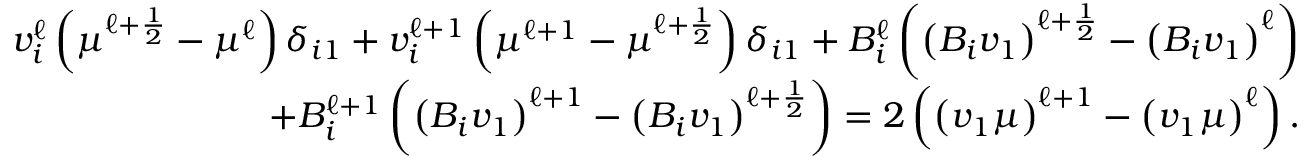
\begin{array} { r } { v _ { i } ^ { \ell } \left( \mu ^ { \ell + \frac { 1 } { 2 } } - \mu ^ { \ell } \right) \delta _ { i 1 } + v _ { i } ^ { \ell + 1 } \left( \mu ^ { \ell + 1 } - \mu ^ { \ell + \frac { 1 } { 2 } } \right) \delta _ { i 1 } + B _ { i } ^ { \ell } \left( \left( B _ { i } v _ { 1 } \right) ^ { \ell + \frac { 1 } { 2 } } - \left( B _ { i } v _ { 1 } \right) ^ { \ell } \right) } \\ { + B _ { i } ^ { \ell + 1 } \left( \left( B _ { i } v _ { 1 } \right) ^ { \ell + 1 } - \left( B _ { i } v _ { 1 } \right) ^ { \ell + \frac { 1 } { 2 } } \right) = 2 \left( \left( v _ { 1 } \mu \right) ^ { \ell + 1 } - \left( v _ { 1 } \mu \right) ^ { \ell } \right) . } \end{array}